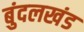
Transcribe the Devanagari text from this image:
बुंदलखंड